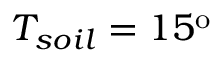
T _ { s o i l } = 1 5 \mathrm { ^ o }